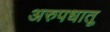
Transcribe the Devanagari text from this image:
अरुपधातू